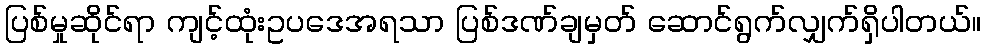
ပြစ်မှုဆိုင်ရာ ကျင့်ထုံးဥပဒေအရသာ ပြစ်ဒဏ်ချမှတ် ဆောင်ရွက်လျှက်ရှိပါတယ်။